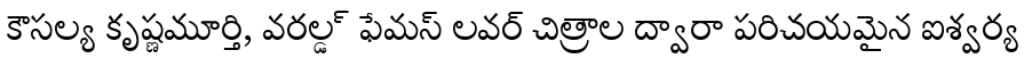
కౌసల్య కృష్ణమూర్తి, వరల్డ్ ఫేమస్ లవర్ చిత్రాల ద్వారా పరిచయమైన ఐశ్వర్య